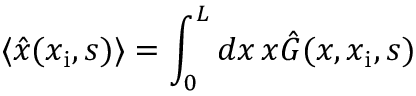
\langle \hat { x } ( x _ { \mathrm { i } } , s ) \rangle = \int _ { 0 } ^ { L } d x \, x \hat { G } ( x , x _ { \mathrm { i } } , s )